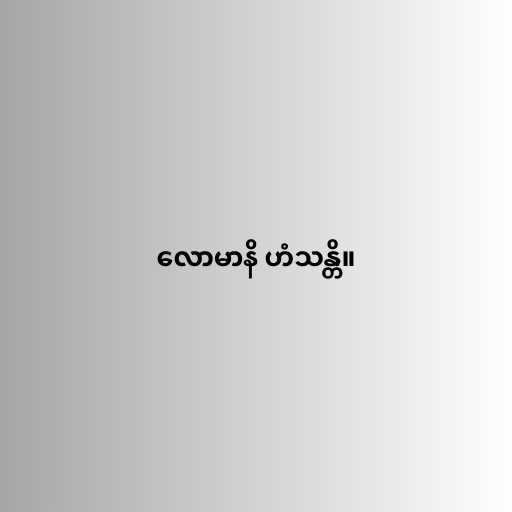
လောမာနိ ဟံသန္တိ။